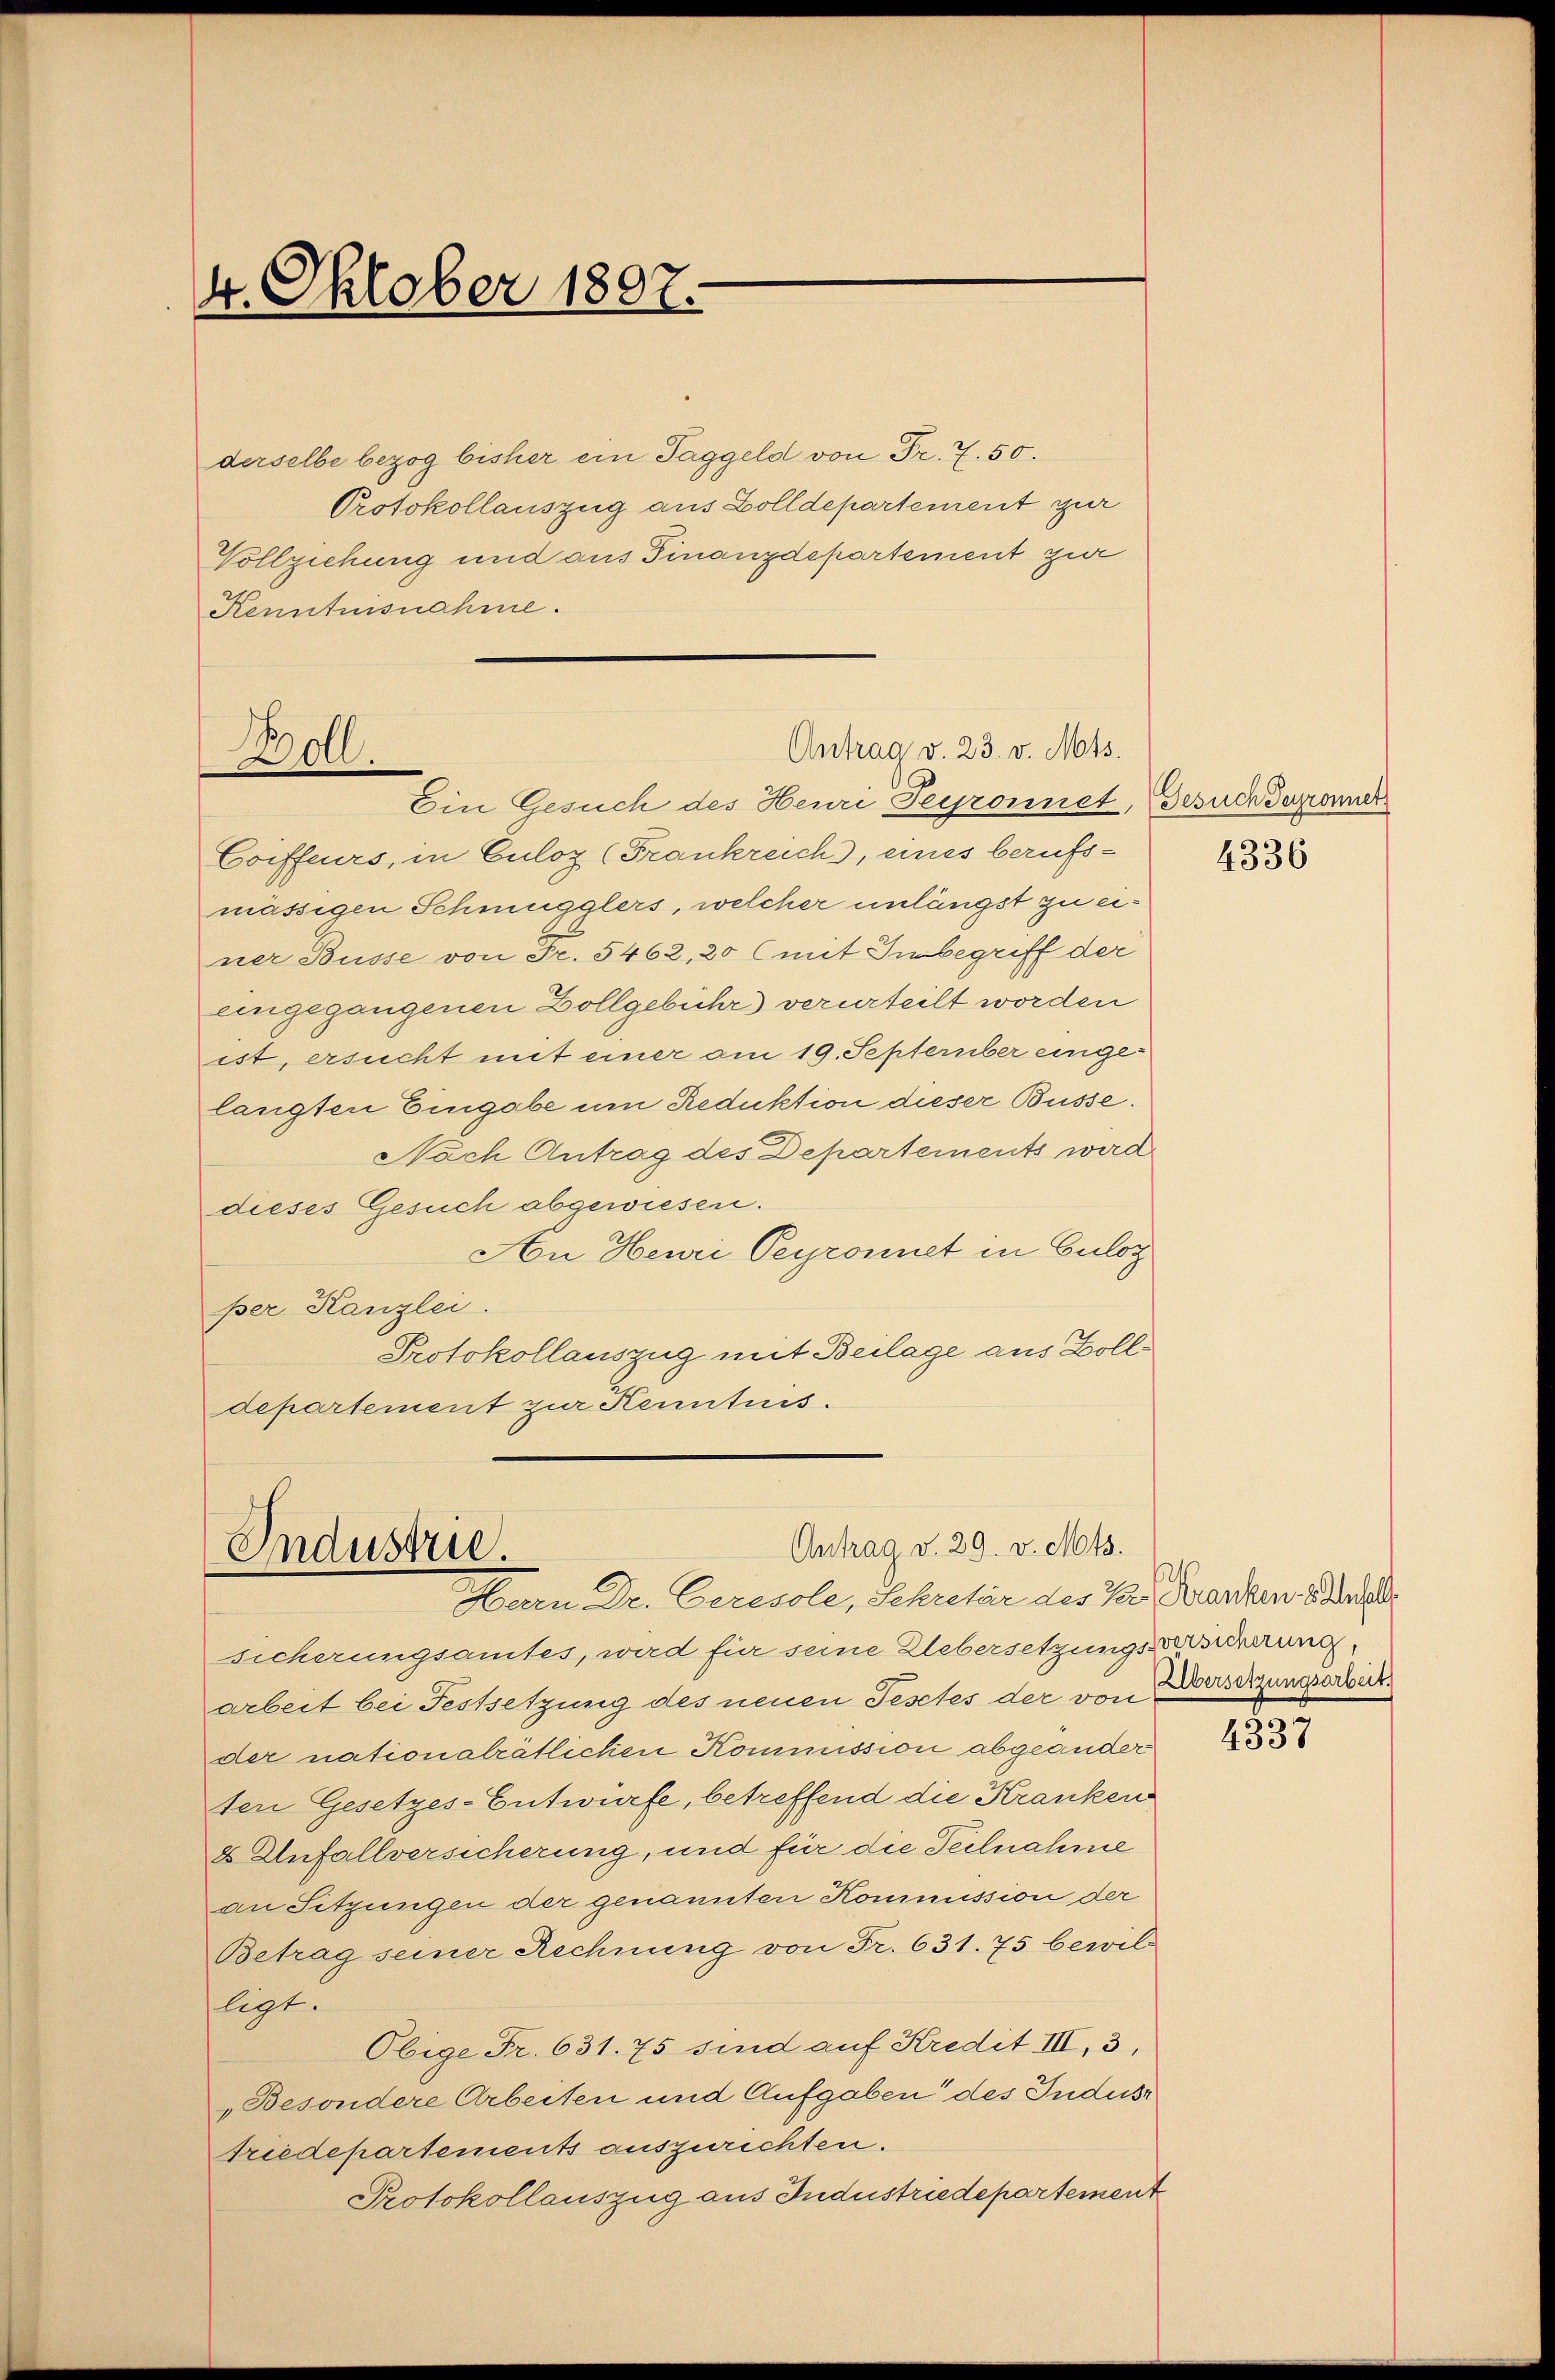
4. Oktober 1807.

derselbe bezog bisher ein Taggeld von Fr. 7. 50.
Protokollauszug aus Zolldepartement zur
Vollziehung und aus Finanzdepartement zur
Kenntnisnahme.

Boll.

Antrag v. 23. v. Mts.

Ein Gesuch des Henri Feyronnet, Gesuch Terronner
Coiffeurs, in Culoz (Frankreich, eines berufsmässigen Schmugglers, welcher unlängst zu einer Busse von Fr. 5462, 20 (mit Inbegriff der
eingegangenen Zollgebühr) verurteilt worden
ist, ersucht mit einer am 19. September eingelangten Eingabe um Reduktion dieser Busse.
Nach Antrag des Departements wird
dieses Gesuch abgewiesen.
An Heuri Perronnet in Culog
per Kanzlei.
Protokollauszug mit Beilage aus Bolldepartement zur Kenntnis.

Antrag v. 29. v. Mts.
Industrie.
Hern Dr. Ceresole, Schreter des Par Franken. Basel

sicherungsamtes, wird für seine Uebersetzungswuhrung,
arbeit bei Festsetzung des neuen Festtes der von Obersetzungsarbeits
der nationalrätlichen Kommission abgeänder
ten Gesetzes-Entwürfe, betreffend die Kranken
8 Unfallversicherung, und für die Teilnahme
an Sitzungen der genannten Kommission der
Betrag seiner Rechnung von Fr. 631. 75 bewil-
ligt.
Obige Fr. 631. 75 sind auf Kredit III, 3,
„Besondere Arbeiten und Aufgaben des Indust
friedepartements auszurichten.
Protokollauszug aus Industriedepartement

4336

4337